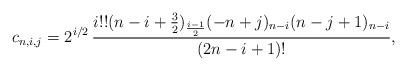
LaTeX: \begin{align*}c_{n,i,j}&=2^{i/2}\,\frac{i!!(n-i+\frac{3}{2})_{\frac{i-1}{2}}(-n+j)_{n-i}(n-j+1)_{n-i}}{(2n-i+1)!},\end{align*}